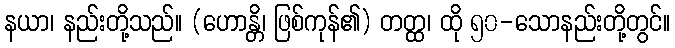
နယာ၊ နည်းတို့သည်။ (ဟောန္တိ၊ ဖြစ်ကုန်၏) တတ္ထ၊ ထို ၅၀-သောနည်းတို့တွင်။